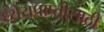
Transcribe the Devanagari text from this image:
ध्येयप्राप्तीसाठी